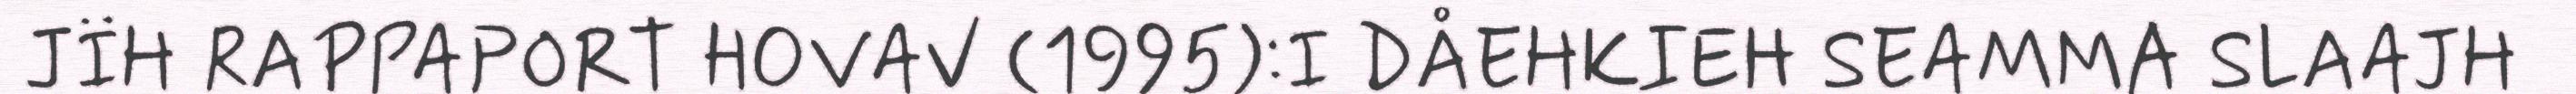
JÏH RAPPAPORT HOVAV (1995):I DÅEHKIEH SEAMMA SLAAJH